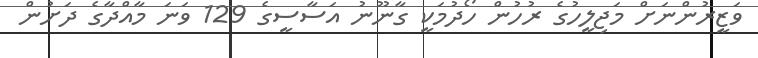
ވަޒީރުންނަށް މަޖިލީހުގެ ރުހުން ހޯދުމަކީ ގާނޫނު އަސާސީގެ 129 ވަނަ މާއްދާގެ ދަށުން